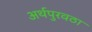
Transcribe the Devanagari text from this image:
अर्थपुरवठा